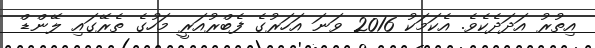
އިތުރު އަދަދެކެވެ. އެކަމަކު 2016 ވަނަ އަހަރުގެ ފެބްރުއަރީ މަހުގެ ތެރޭގައި ލޭންޑް